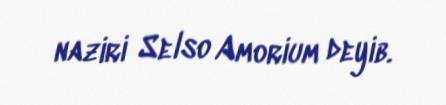
naziri Selso Amorium deyib.